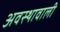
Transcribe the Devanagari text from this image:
अवस्थावाली